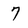
Character: 7